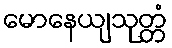
မောနေယျသုတ္တံ